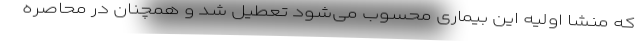
که منشا اولیه این بیماری محسوب می‌شود تعطیل شد و همچنان در محاصره